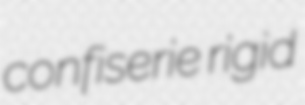
confiserie rigid